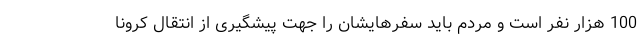
100 هزار نفر است و مردم باید سفرهایشان را جهت پیشگیری از انتقال کرونا